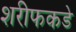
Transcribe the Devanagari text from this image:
शरीफकडे